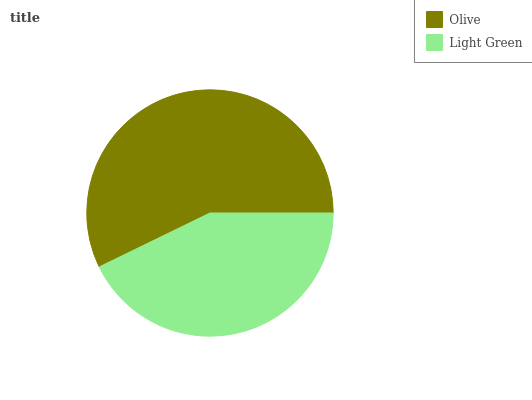
| Olive | Light Green |
 | --- | --- |
 | 57.2% | 42.8% |